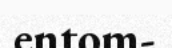
entom-